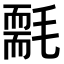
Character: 𣰄